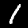
Digit: 1